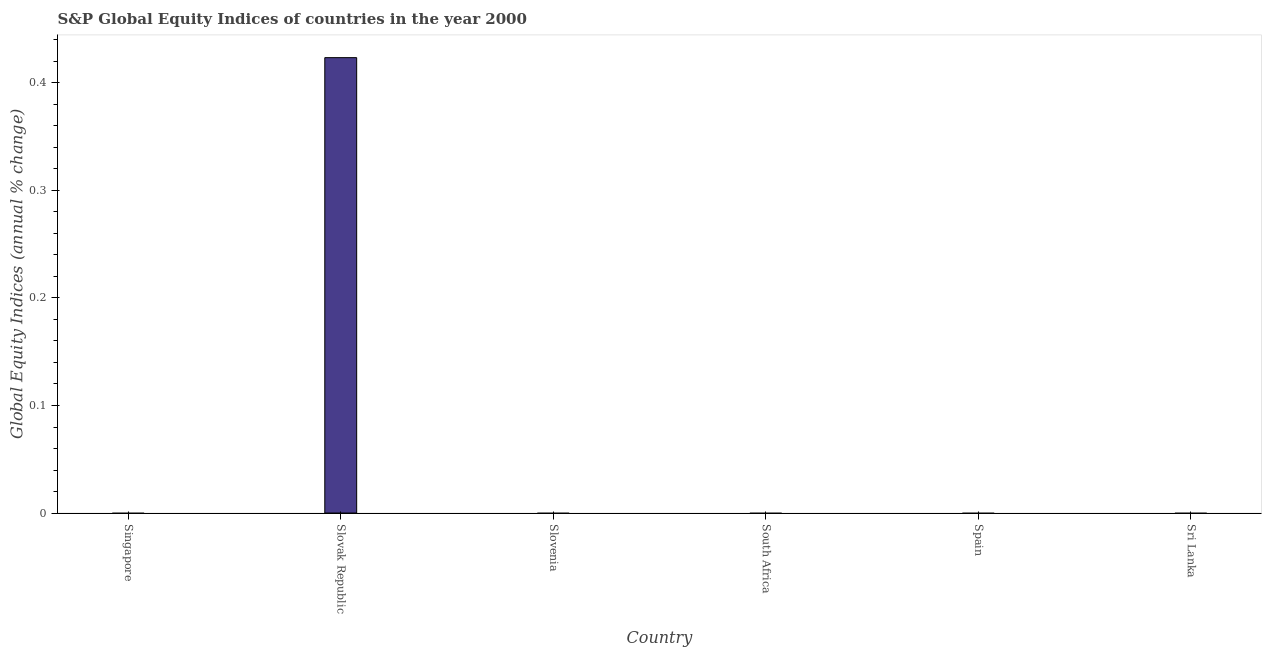
| Country | S&P Global Equity Indices |
 | --- | --- |
 | Singapore | -25.9 |
 | Slovak Republic | 0.423 |
 | Slovenia | -9.51 |
 | South Africa | -17.3 |
 | Spain | -17.6 |
 | Sri Lanka | -41.7 |